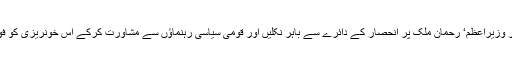
اب صدر اور وزیراعظم‘ رحمان ملک پر انحصار کے دائرے سے باہر نکلیں اور قومی سیاسی رہنماﺅں سے مشاورت کرکے اس خونریزی کو فوری روکیں۔